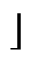
\rfloor